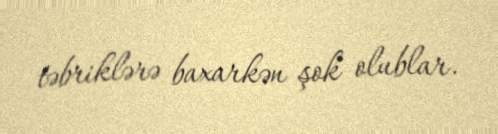
təbriklərə baxarkən şok olublar.